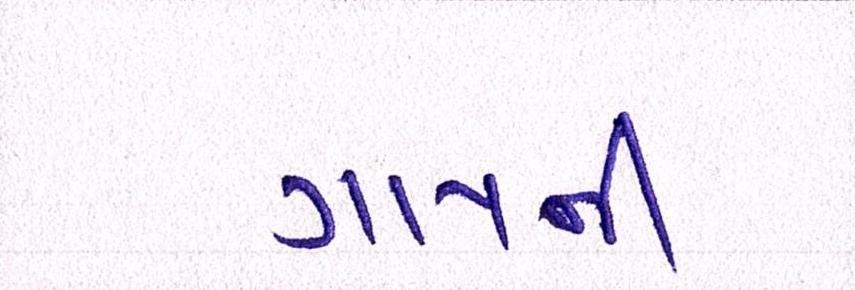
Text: ગાયની